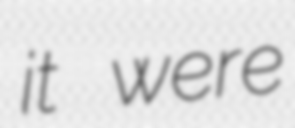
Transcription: it were